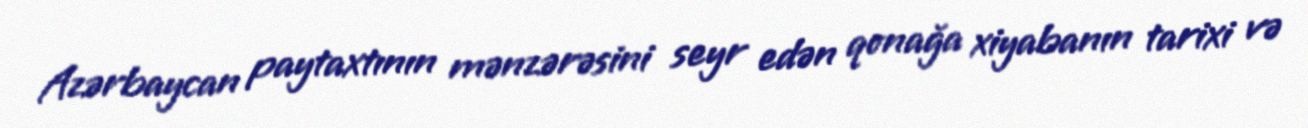
Azərbaycan paytaxtının mənzərəsini seyr edən qonağa xiyabanın tarixi və